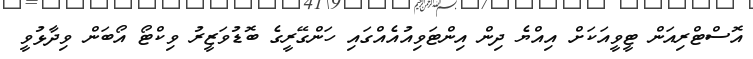
އޮސްޓްރިއަން ޓީވީއަކަށް އިއްޔެ ދިން އިންޓަވިއުއެއްގައި ހަންގޭރީގެ ބޮޑުވަޒީރު ވިކްޓޯ އޯބަން ވިދާޅުވީ